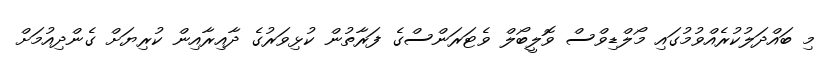
މި ބައްދަލުކުރެއްވުމުގައި މޯލްޑިވްސް ވޮލީބޯލް ވެޓަރަންސްގެ ފަރާތުން ކުޅިވަރުގެ ދާއިރާއިން ކުރިޔަށް ގެންދިއުމަށް